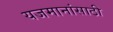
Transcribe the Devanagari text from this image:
यजमानांसाठी